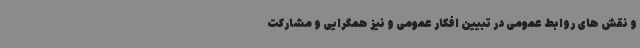
و نقش های روابط عمومی در تبیین افکار عمومی و نیز همگرایی و مشارکت